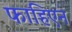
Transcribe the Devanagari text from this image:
फाहिएन